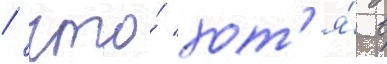
/ что́ "хот'я́ в